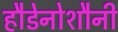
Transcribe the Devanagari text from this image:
हौडेनोशौनी